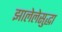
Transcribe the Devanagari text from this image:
झालेलेसुद्धा